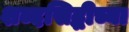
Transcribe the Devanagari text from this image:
शब्दसिद्धीच्या